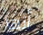
أنها